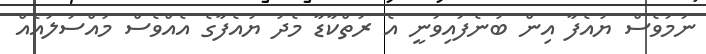
ނަމަވެސް ޔުއެފާ އިން ބުނެފައިވަނީ އެ ރަތްކާޑާ މެދު ޔުއެފާގެ އެއްވެސް މައްސަލައެއް